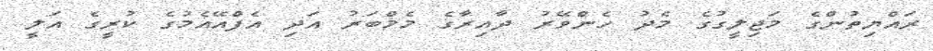
ރައްޔިތުންގެ މަޖިލީގުގެ މެދު ހެންވޭރު ދާއިރާގެ މެމްބަރު އަދި އެފްއޭއެމުގެ ކުރީގެ އަލީ